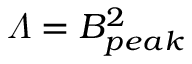
\varLambda = B _ { p e a k } ^ { 2 }